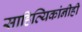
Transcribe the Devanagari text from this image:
साहित्यिकांनीही